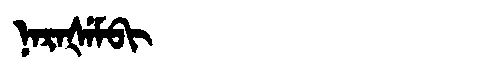
Manchu: ᠨᠠᡵᠠᡧᡝᠮᠪᡳ
Romanization: NARAŠEMBI